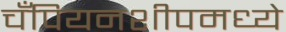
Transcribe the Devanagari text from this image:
चँपियनशीपमध्ये